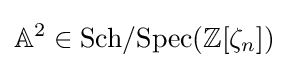
\mathbb {A} ^{2}\in {\text{Sch}}/{\text{Spec}}(\mathbb {Z} [\zeta _{n}])